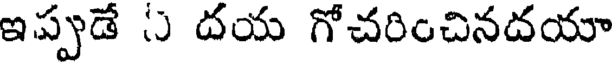
ఇప్పడే ు దయ గోచరించినదయా